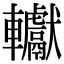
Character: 䡾